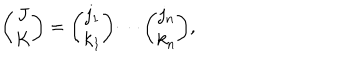
LaTeX: { \binom { J } { K } } = { \binom { j _ { 1 } } { k _ { 1 } } } \cdots { \binom { j _ { n } } { k _ { n } } } ,